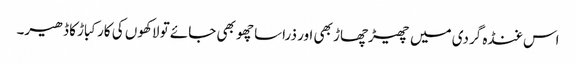
اس غنڈہ گردی میں چھیڑچھاڑ بھی اور ذراسا چھو بھی جائے تو لاکھوں کی کار کباڑ کا ڈھیر۔